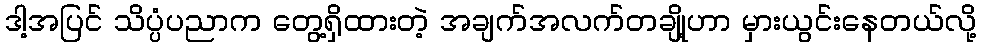
ဒါ့အပြင် သိပ္ပံပညာက တွေ့ရှိထားတဲ့ အချက်အလက်တချို့ဟာ မှားယွင်းနေတယ်လို့